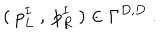
LaTeX: ( \ p _ { L } ^ { I } \ , \ p _ { R } ^ { I } \ ) \in \Gamma ^ { D , D } \ .